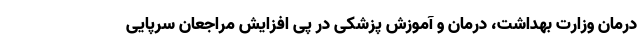
درمان وزارت بهداشت، درمان و آموزش پزشکی در پی افزایش مراجعان سرپایی